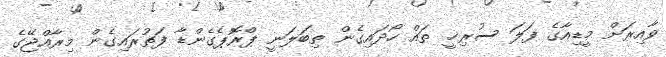
ވާއިރަށް މީޑިއާގެ ފަލަ ސުރިޚީ ތައް ހޯދައިގެން ތިބަލަނީ ޕްރޮޕެގެންޑާ ފަތުރައިގެން މިރާއްޖޭގެ